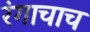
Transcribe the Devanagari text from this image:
रंगाचाच